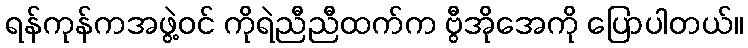
ရန်ကုန်ကအဖွဲ့ဝင် ကိုရဲညီညီထက်က ဗွီအိုအေကို ပြောပါတယ်။